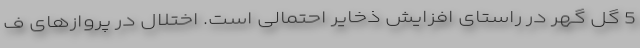
5 گل گهر در راستای افزایش ذخایر احتمالی است. اختلال در پروازهای ف